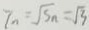
7 n = \sqrt { 5 } n = \sqrt { 3 }